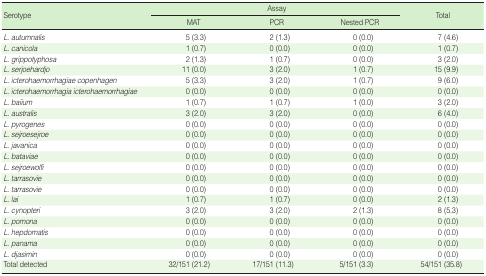
<table><thead><tr><td rowspan="2"><b>Serotype</b></td><td colspan="3"><b>Assay</b></td><td rowspan="2"><b>Total</b></td></tr><tr><td><b>MAT</b></td><td><b>PCR</b></td><td><b>Nested PCR</b></td></tr></thead><tbody><tr><td> <i>L. autumnalis</i></td><td>5 (3.3)</td><td>2 (1.3)</td><td>0 (0.0)</td><td>7 (4.6)</td></tr><tr><td> <i>L. canicola</i></td><td>1 (0.7)</td><td>0 (0.0)</td><td>0 (0.0)</td><td>1 (0.7)</td></tr><tr><td> <i>L. grippotyphosa</i></td><td>2 (1.3)</td><td>1 (0.7)</td><td>0 (0.0)</td><td>3 (2.0)</td></tr><tr><td> <i>L. serjoehardjo</i></td><td>11 (0.0)</td><td>3 (2.0)</td><td>1 (0.7)</td><td>15 (9.9)</td></tr><tr><td> <i>L. icterohaemorrhagiae copenhagen</i></td><td>5 (3.3)</td><td>3 (2.0)</td><td>1 (0.7)</td><td>9 (6.0)</td></tr><tr><td> <i>L. icterohaemorrhagia icterohaemorrhagiae</i></td><td>0 (0.0)</td><td>0 (0.0)</td><td>0 (0.0)</td><td>0 (0.0)</td></tr><tr><td> <i>L. baiium</i></td><td>1 (0.7)</td><td>1 (0.7)</td><td>1 (0.0)</td><td>3 (2.0)</td></tr><tr><td> <i>L. australis</i></td><td>3 (2.0)</td><td>3 (2.0)</td><td>0 (0.0)</td><td>6 (4.0)</td></tr><tr><td> <i>L. pyrogenes</i></td><td>0 (0.0)</td><td>0 (0.0)</td><td>0 (0.0)</td><td>0 (0.0)</td></tr><tr><td> <i>L. sejroesejroe</i></td><td>0 (0.0)</td><td>0 (0.0)</td><td>0 (0.0)</td><td>0 (0.0)</td></tr><tr><td> <i>L. javanica</i></td><td>0 (0.0)</td><td>0 (0.0)</td><td>0 (0.0)</td><td>0 (0.0)</td></tr><tr><td> <i>L. bataviae</i></td><td>0 (0.0)</td><td>0 (0.0)</td><td>0 (0.0)</td><td>0 (0.0)</td></tr><tr><td> <i>L. sejroewolfi</i></td><td>0 (0.0)</td><td>0 (0.0)</td><td>0 (0.0)</td><td>0 (0.0)</td></tr><tr><td> <i>L. tarrasovie</i></td><td>0 (0.0)</td><td>0 (0.0)</td><td>0 (0.0)</td><td>0 (0.0)</td></tr><tr><td> <i>L. tarrasovie</i></td><td>0 (0.0)</td><td>0 (0.0)</td><td>0 (0.0)</td><td>0 (0.0)</td></tr><tr><td> <i>L. lai</i></td><td>1 (0.7)</td><td>1 (0.7)</td><td>0 (0.0)</td><td>2 (1.3)</td></tr><tr><td> <i>L. cynopteri</i></td><td>3 (2.0)</td><td>3 (2.0)</td><td>2 (1.3)</td><td>8 (5.3)</td></tr><tr><td> <i>L. pomona</i></td><td>0 (0.0)</td><td>0 (0.0)</td><td>0 (0.0)</td><td>0 (0.0)</td></tr><tr><td> <i>L. hepdomatis</i></td><td>0 (0.0)</td><td>0 (0.0)</td><td>0 (0.0)</td><td>0 (0.0)</td></tr><tr><td> <i>L. panama</i></td><td>0 (0.0)</td><td>0 (0.0)</td><td>0 (0.0)</td><td>0 (0.0)</td></tr><tr><td> <i>L. djasimin</i></td><td>0 (0.0)</td><td>0 (0.0)</td><td>0 (0.0)</td><td>0 (0.0)</td></tr><tr><td>Total detected</td><td>32/151 (21.2)</td><td>17/151 (11.3)</td><td>5/151 (3.3)</td><td>54/151 (35.8)</td></tr></tbody></table>